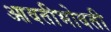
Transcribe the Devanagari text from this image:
आवतीभोवती